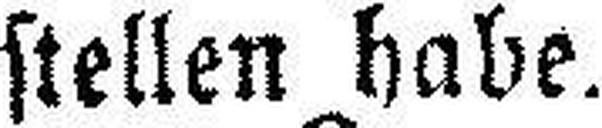
stellen habe.